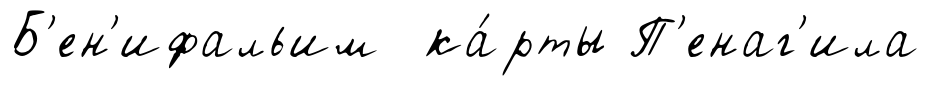
Б'ен'ифальим ка́рты П'енаг'ила